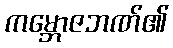
ကမ္ဘောဇဘဏ်၏